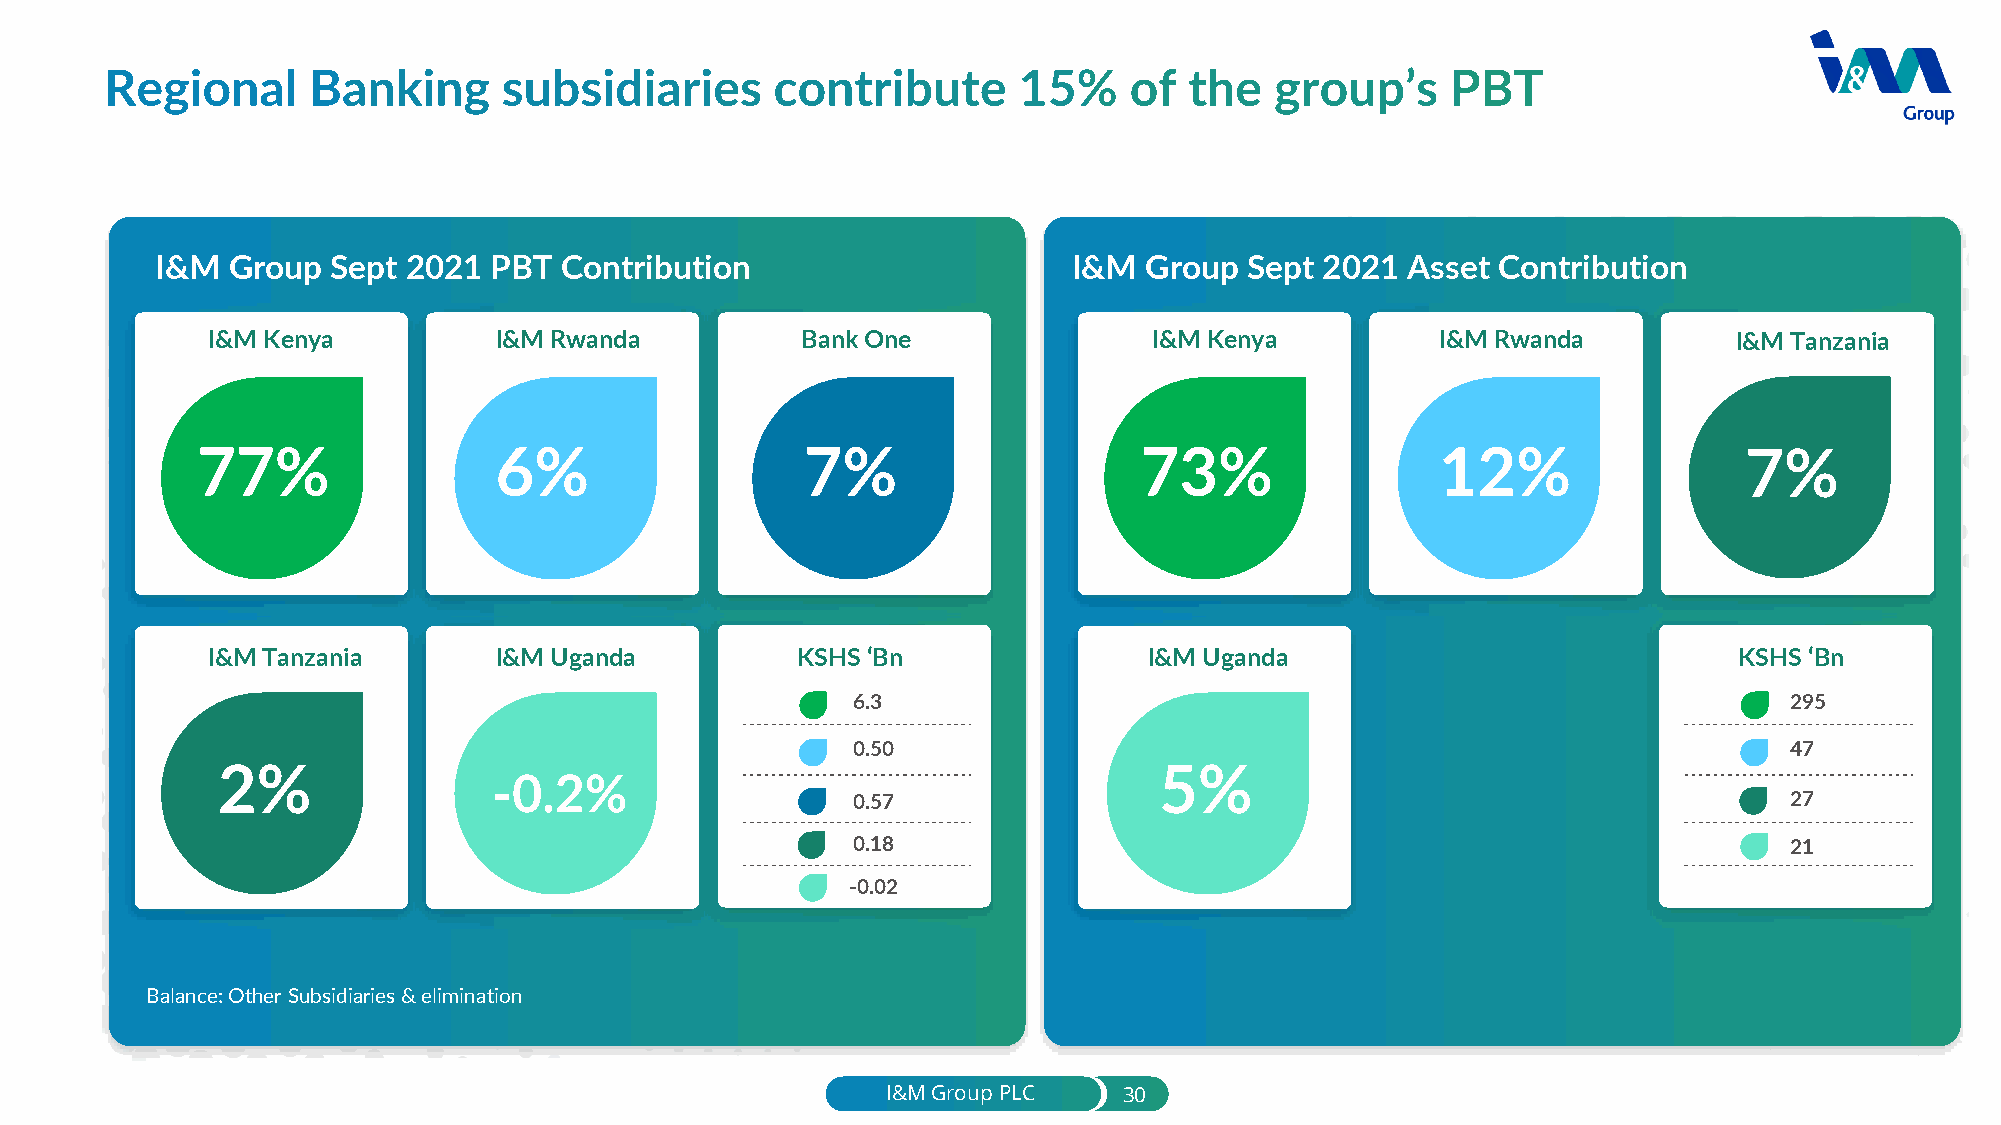
I&M  Group  Sept 2021 PBT  Contribution                      I&M  Group  Sept 2021 Asset Contribution
 I&M Kenya          I&M Rwanda          Bank One               I&M Kenya          I&M Rwanda          I&M Tanzania
 77%                 6%                  7%                    73%                 12%                 7%
 I&M Tanzania       I&M Uganda          KSHS ‘Bn               I&M Uganda                             KSHS ‘Bn
 6.3                                                           295
 0.50                                                          47
 2%                                                             5%
 -0.2%
 0.57                                                          27
 0.18                                                          21
 -0.02
 Balance: Other Subsidiaries & elimination
 I&M Group PLC  30